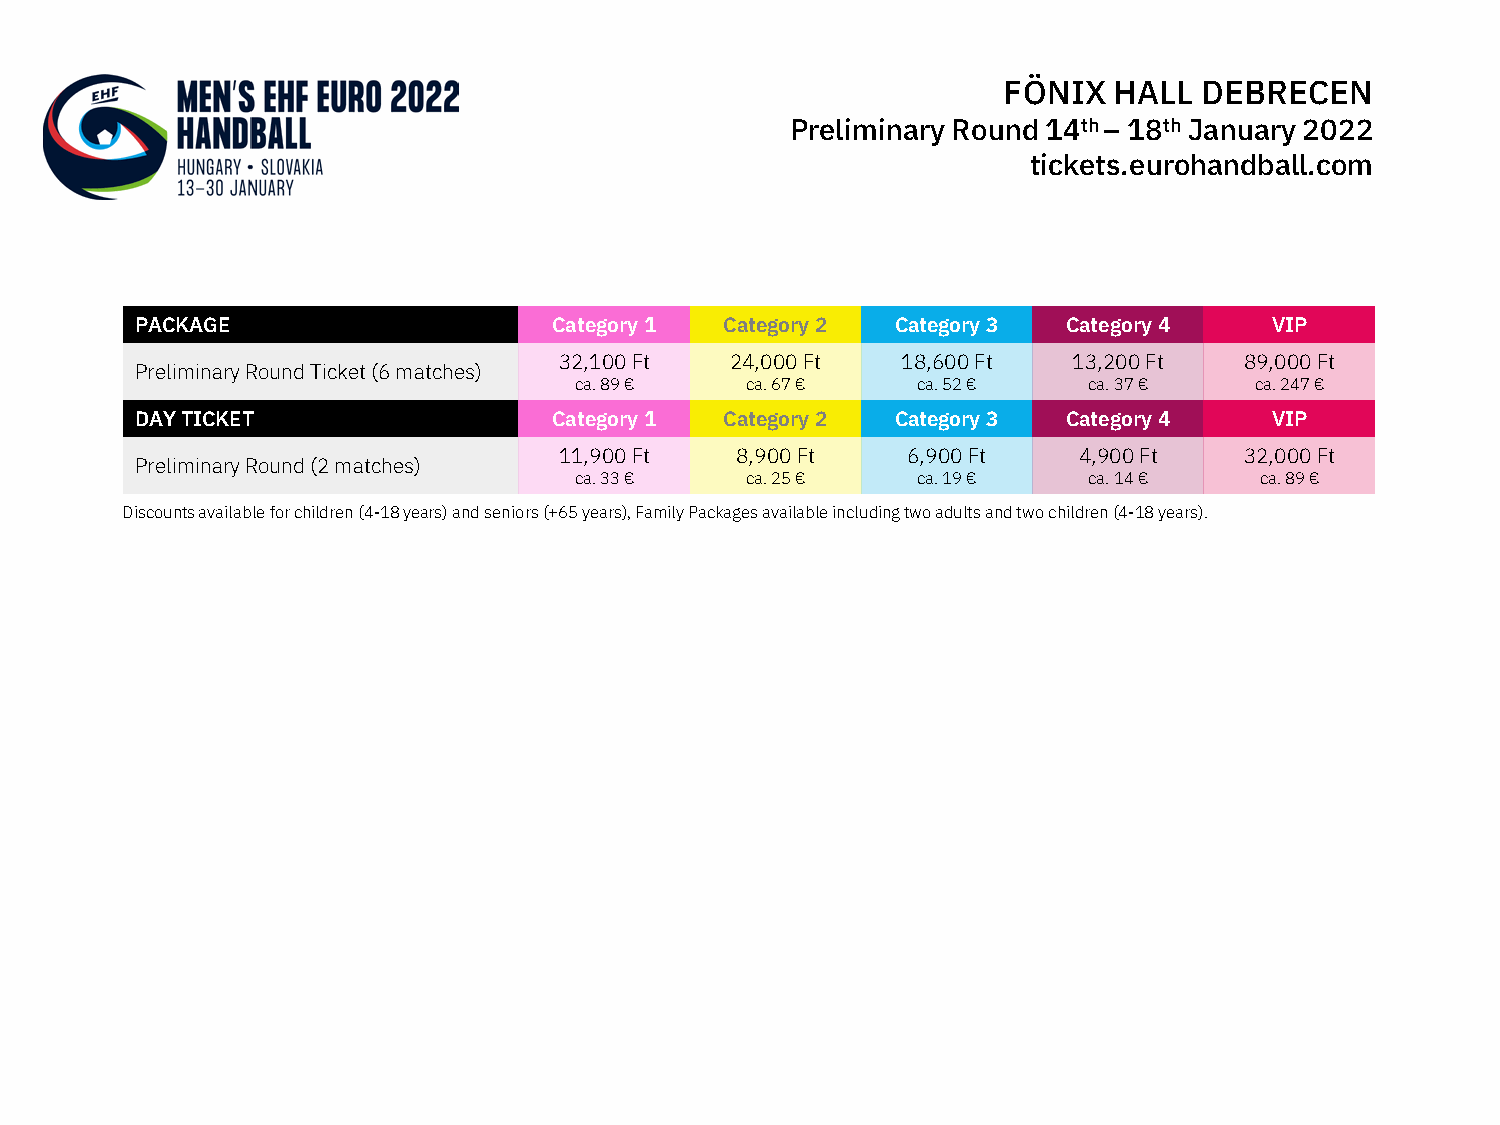
FÖNIX   HALL  DEBRECEN
 Preliminary Round 14th – 18th January 2022
 tickets.eurohandball.com
 PACKAGE                     Category 1 Category 2 Category 3  Category 4   VIP
 32,100 Ft  24,000 Ft   18,600 Ft  13,200 Ft  89,000 Ft
 Preliminary Round Ticket (6 matches)
 ca. 89 €   ca. 67 €    ca. 52 €   ca. 37 €   ca. 247 €
 DAY TICKET                  Category 1 Category 2 Category 3  Category 4   VIP
 11,900 Ft   8,900 Ft   6,900 Ft   4,900 Ft   32,000 Ft
 Preliminary Round (2 matches)
 ca. 33 €   ca. 25 €    ca. 19 €   ca. 14 €   ca. 89 €
 Discounts available for children (4-18 years) and seniors (+65 years), Family Packages available including two adults and two children (4-18 years).